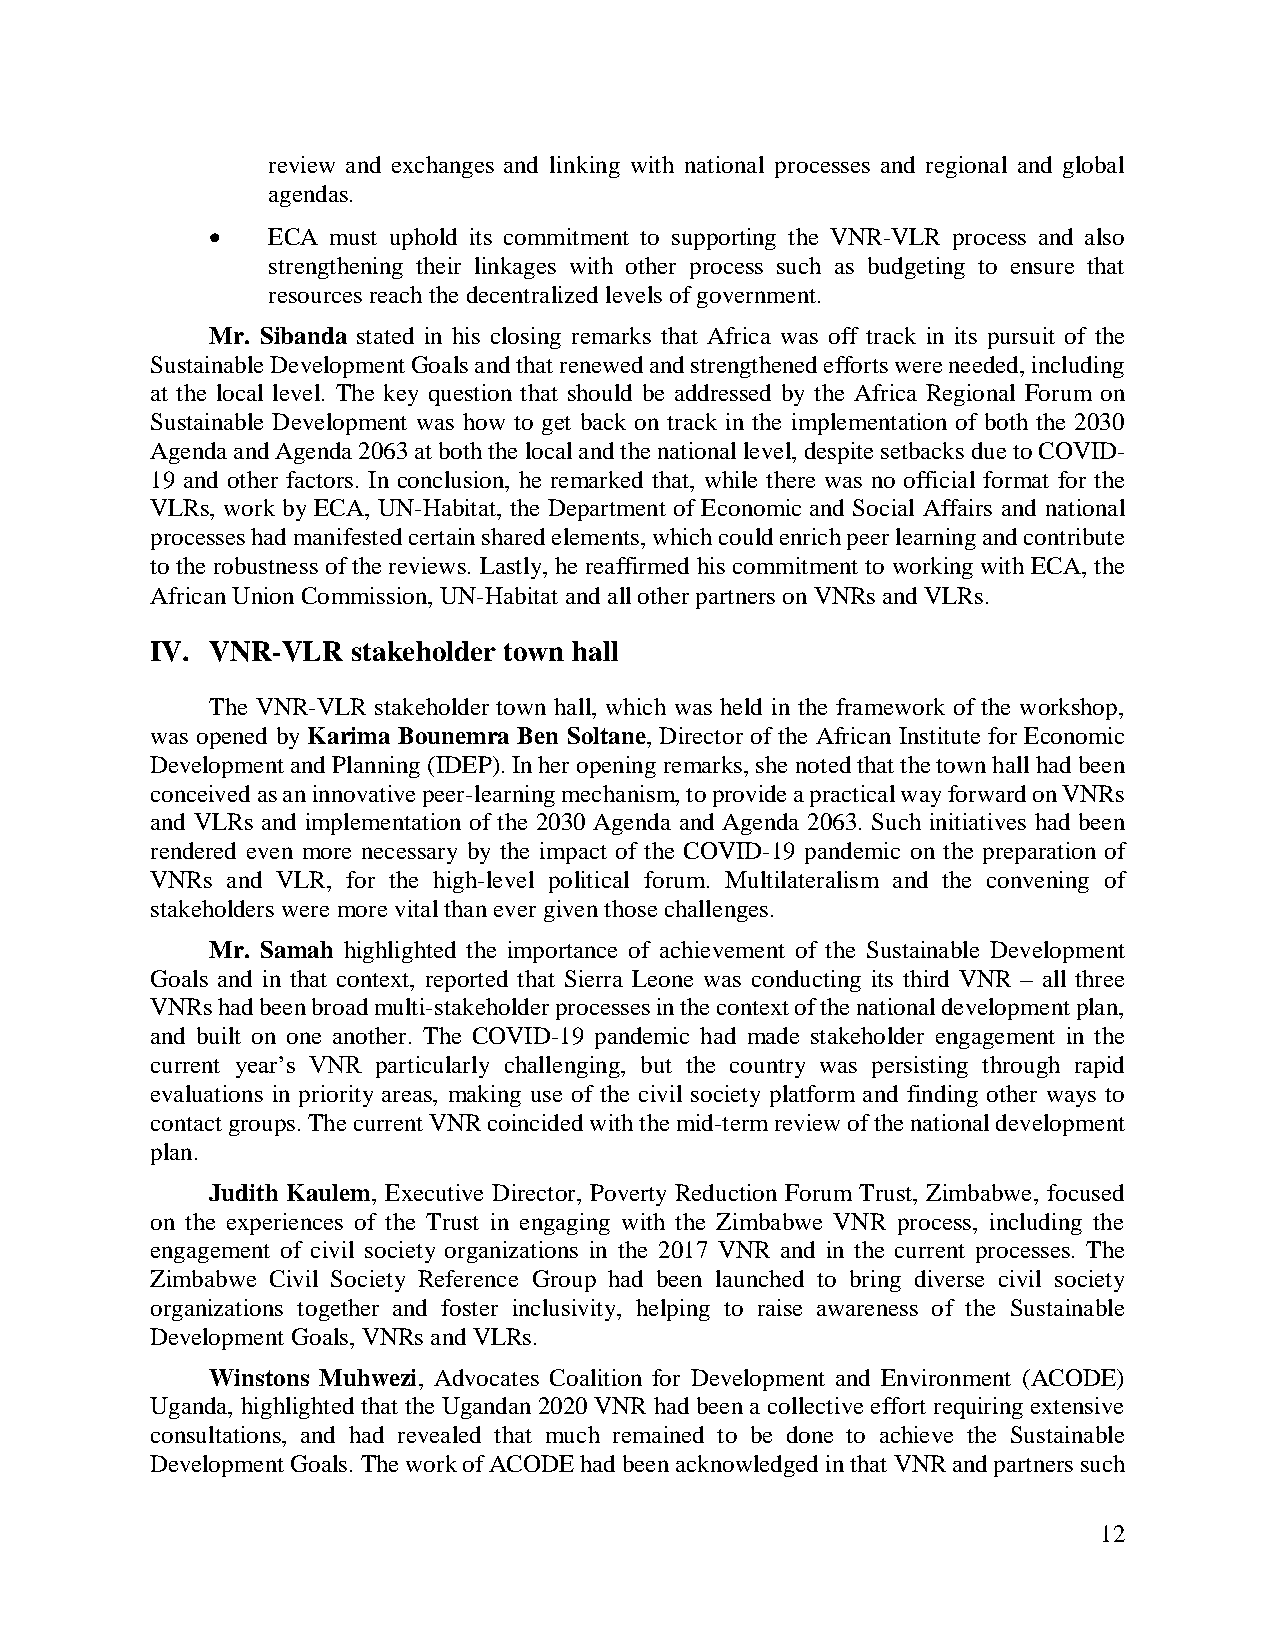
review and exchanges and linking with national processes and regional and global
 agendas.
 •   ECA must uphold its commitment to supporting the VNR-VLR process and also
 strengthening their linkages with other process such as budgeting to ensure that
 resources reach the decentralized levels of government.
 Mr. Sibanda stated in his closing remarks that Africa was off track in its pursuit of the
 Sustainable Development Goals and that renewed and strengthened efforts were needed, including
 at the local level. The key question that should be addressed by the Africa Regional Forum on
 Sustainable Development was how to get back on track in the implementation of both the 2030
 Agenda and Agenda 2063 at both the local and the national level, despite setbacks due to COVID-
 19 and other factors. In conclusion, he remarked that, while there was no official format for the
 VLRs, work by ECA, UN-Habitat, the Department of Economic and Social Affairs and national
 processes had manifested certain shared elements, which could enrich peer learning and contribute
 to the robustness of the reviews. Lastly, he reaffirmed his commitment to working with ECA, the
 African Union Commission, UN-Habitat and all other partners on VNRs and VLRs.
 IV. VNR-VLR  stakeholder town hall
 The VNR-VLR stakeholder town hall, which was held in the framework of the workshop,
 was opened by Karima Bounemra Ben Soltane, Director of the African Institute for Economic
 Development and Planning (IDEP). In her opening remarks, she noted that the town hall had been
 conceived as an innovative peer-learning mechanism, to provide a practical way forward on VNRs
 and VLRs and implementation of the 2030 Agenda and Agenda 2063. Such initiatives had been
 rendered even more necessary by the impact of the COVID-19 pandemic on the preparation of
 VNRs and VLR, for the high-level political forum. Multilateralism and the convening of
 stakeholders were more vital than ever given those challenges.
 Mr. Samah highlighted the importance of achievement of the Sustainable Development
 Goals and in that context, reported that Sierra Leone was conducting its third VNR – all three
 VNRs had been broad multi-stakeholder processes in the context of the national development plan,
 and built on one another. The COVID-19 pandemic had made stakeholder engagement in the
 current year’s VNR particularly challenging, but the country was persisting through rapid
 evaluations in priority areas, making use of the civil society platform and finding other ways to
 contact groups. The current VNR coincided with the mid-term review of the national development
 plan.
 Judith Kaulem, Executive Director, Poverty Reduction Forum Trust, Zimbabwe, focused
 on the experiences of the Trust in engaging with the Zimbabwe VNR process, including the
 engagement of civil society organizations in the 2017 VNR and in the current processes. The
 Zimbabwe Civil Society Reference Group had been launched to bring diverse civil society
 organizations together and foster inclusivity, helping to raise awareness of the Sustainable
 Development Goals, VNRs and VLRs.
 Winstons Muhwezi, Advocates Coalition for Development and Environment (ACODE)
 Uganda, highlighted that the Ugandan 2020 VNR had been a collective effort requiring extensive
 consultations, and had revealed that much remained to be done to achieve the Sustainable
 Development Goals. The work of ACODE had been acknowledged in that VNR and partners such
 12